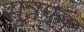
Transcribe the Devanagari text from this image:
सुन्नपन